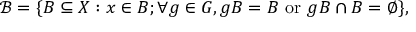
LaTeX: { \mathcal { B } } = \{ B \subseteq X : x \in B ; \forall g \in G , g B = B \ \mathrm { o r } \ g B \cap B = \emptyset \} ,